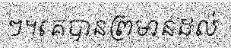
ៗ។គេបានព្រមានដល់